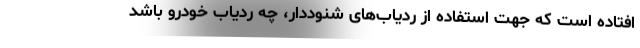
افتاده است که جهت استفاده از ردیاب‌های شنوددار، چه ردیاب خودرو باشد